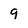
Character: 9